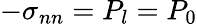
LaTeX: -\sigma_{nn}=P_{l}=P_{0}